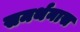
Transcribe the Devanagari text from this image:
समर्थनास